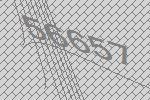
56657